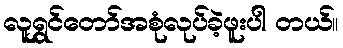
လူရွှင်တော်အစုံလုပ်ခဲ့ဖူးပါ တယ်။